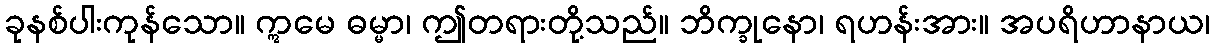
ခုနစ်ပါးကုန်သော။ ဣမေ ဓမ္မာ၊ ဤတရားတို့သည်။ ဘိက္ခုနော၊ ရဟန်းအား။ အပရိဟာနာယ၊